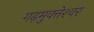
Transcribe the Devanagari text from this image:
गढ़मुक्‍तेश्‍वर